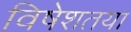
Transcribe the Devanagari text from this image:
विषेशतया